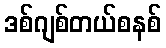
ဒစ်ဂျစ်တယ်စနစ်